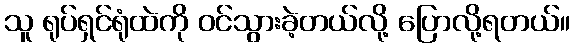
သူ ရုပ်ရှင်ရုံထဲကို ဝင်သွားခဲ့တယ်လို့ ပြောလို့ရတယ်။